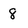
Character: 8